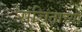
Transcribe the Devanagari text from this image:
संचिताच्या